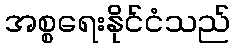
အစ္စရေးနိုင်ငံသည်